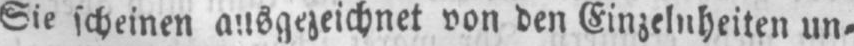
Sie scheinen ausgezeichnet von den Einzelheiten un⸗